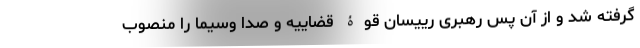
گرفته شد و از آن پس رهبری رییسان قوۀ قضاییه و صدا وسیما را منصوب